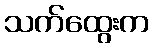
သက်ထွေးက